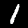
Digit: 1